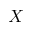
X